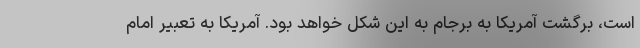
است، برگشت آمریکا به برجام به این شکل خواهد بود. آمریکا به تعبیر امام